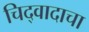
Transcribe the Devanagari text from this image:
चिद्‌वादाचा